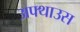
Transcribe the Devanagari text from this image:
अफ्थाउस